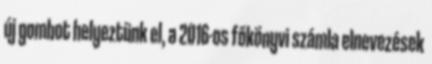
új gombot helyeztünk el, a 2016-os főkönyvi számla elnevezések